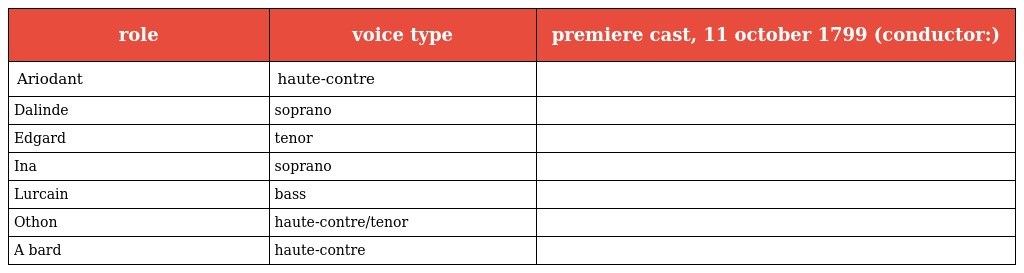
| role | voice type | premiere cast, 11 october 1799 (conductor:) |
 | --- | --- | --- |
 | Ariodant | haute-contre |  |
 | Dalinde | soprano |  |
 | Edgard | tenor |  |
 | Ina | soprano |  |
 | Lurcain | bass |  |
 | Othon | haute-contre/tenor |  |
 | A bard | haute-contre |  |